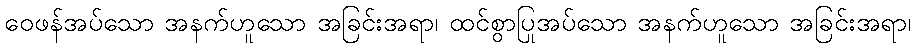
ဝေဖန်အပ်သော အနက်ဟူသော အခြင်းအရာ၊ ထင်စွာပြုအပ်သော အနက်ဟူသော အခြင်းအရာ၊